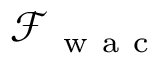
\mathcal { F } _ { \mathrm { ~ w ~ a ~ c ~ } }